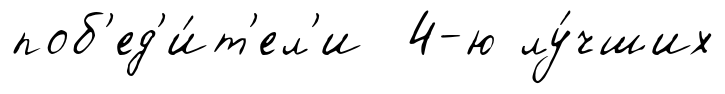
поб'ед'и́т'ел'и 4-ю лу́чших